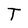
Character: T